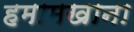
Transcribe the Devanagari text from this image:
हमामखाना